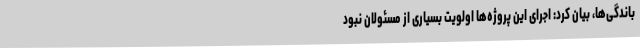
باندگی‌ها، بیان کرد: اجرای این پروژه‌ها اولویت بسیاری از مسئولان نبود